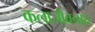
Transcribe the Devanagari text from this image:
कलाजीवनात